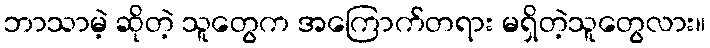
ဘာသာမဲ့ ဆိုတဲ့ သူတွေက အကြောက်တရား မရှိတဲ့သူတွေလား။